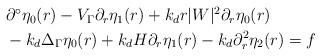
LaTeX: \begin{align*} \begin{aligned} &\partial^\circ\eta_0(r)-V_\Gamma\partial_r\eta_1(r)+k_dr|W|^2\partial_r\eta_0(r) \\ &-k_d\Delta_\Gamma\eta_0(r)+k_dH\partial_r\eta_1(r)-k_d\partial_r^2\eta_2(r) = f \end{aligned}\end{align*}